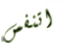
اتنفس